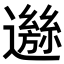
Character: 𨘁